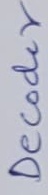
Text: Decoder